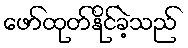
ဖော်ထုတ်နိုင်ခဲ့သည်